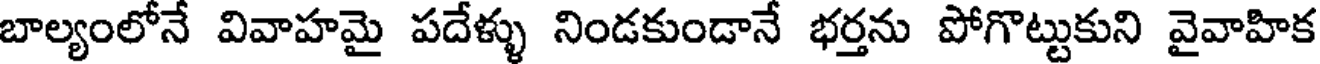
బాల్యంలోనే వివాహమై పదేళ్ళు నిండకుండానే భర్తను పోగొట్టుకుని వైవాహిక